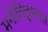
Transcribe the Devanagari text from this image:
मनोविज्ञानात